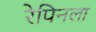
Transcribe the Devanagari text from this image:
रेपिनला